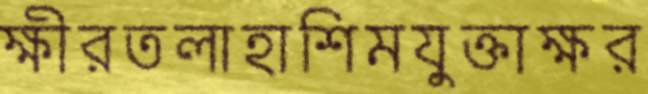
ক্ষীরতলাহাশিমযুক্তাক্ষর